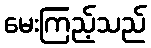
မေးကြည့်သည်